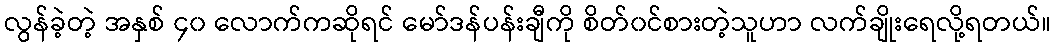
လွန်ခဲ့တဲ့ အနှစ် ၄၀ လောက်ကဆိုရင် မော်ဒန်ပန်းချီကို စိတ်၀င်စားတဲ့သူဟာ လက်ချိုးရေလို့ရတယ်။